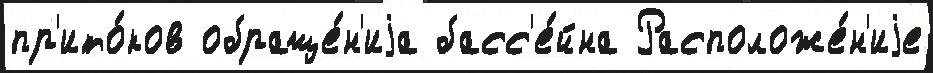
пр'ито́ков обраще́н'иjа басс'е́йна Расположе́н'иjе